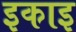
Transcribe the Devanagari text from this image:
इकाइ